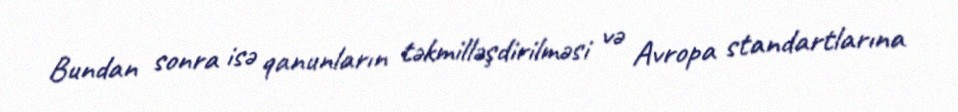
Bundan sonra isə qanunların təkmilləşdirilməsi və Avropa standartlarına